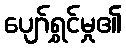
ပျော်ရွှင်မှု၏